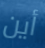
أين